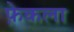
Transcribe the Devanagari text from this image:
फ़ेकला